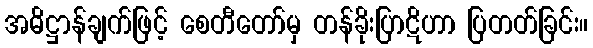
အဓိဋ္ဌာန်ချက်ဖြင့် စေတီတော်မှ တန်ခိုးပြာဋိဟာ ပြတတ်ခြင်း။